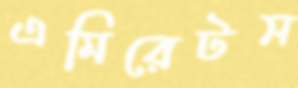
এমিরেটস